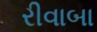
રીવાબા